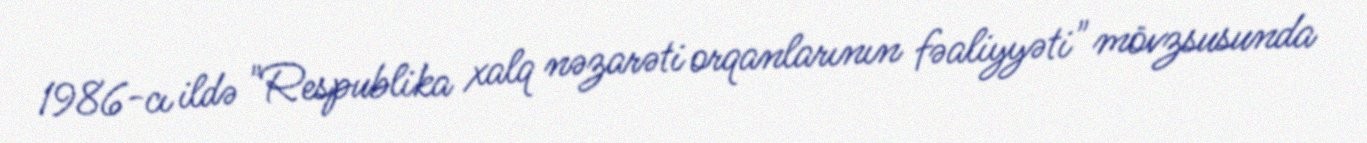
1986-cı ildə "Respublika xalq nəzarəti orqanlarının fəaliyyəti" mövzsusunda